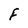
Character: F